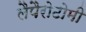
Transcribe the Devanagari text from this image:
लैपैरोटोमी